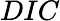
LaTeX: DIC